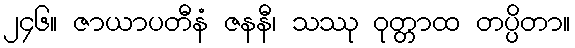
၂၄၆။ ဇာယာပတီနံ ဇနနီ၊ သဿု ဝုတ္တာထ တပ္ပိတာ။